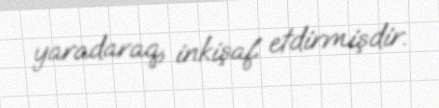
yaradaraq, inkişaf etdirmişdir.